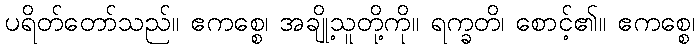
ပရိတ်တော်သည်။ ဧကစ္စေ၊ အချို့သူတို့ကို။ ရက္ခတိ၊ စောင့်၏။ ဧကစ္စေ၊